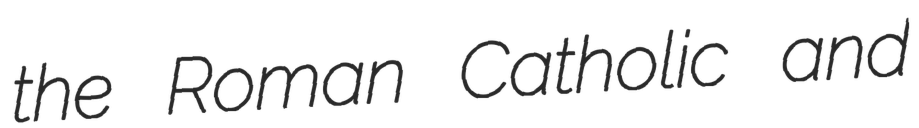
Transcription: the Roman Catholic and